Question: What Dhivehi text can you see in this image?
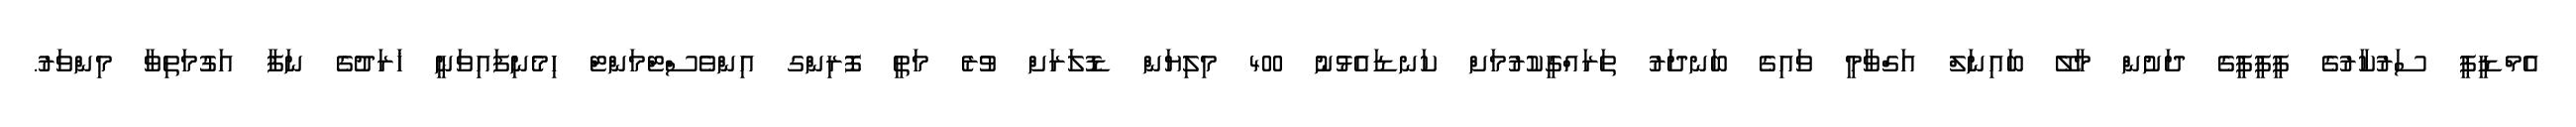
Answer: އެމްޑީޕީ ސަރުކާރުގެ ޕީޕީޕީގެ ދަށުން މާލޭ ބައިނަލް އަގްވާމީ ވައިގެ ބަނދަރު ތަރައްގީކުރުމަށް ކަނޑައެޅުނު 400 މިލިޔަން ޑޮލަރަށް ވުރެ މަތީ ފޮރިންގ އިންވެސްޓްމަންޓް ހިމެނިފައިވަނީ ޚަރަދުގެ ނަފާ އަގުމަތިވާ މިންވަރު.